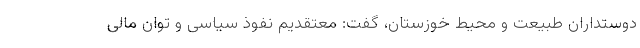
دوستداران طبیعت و محیط خوزستان، گفت: معتقدیم نفوذ سیاسی و توان مالی